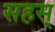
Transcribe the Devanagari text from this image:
सहस्